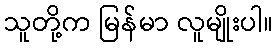
သူတို့က မြန်မာ လူမျိုးပါ။